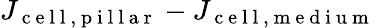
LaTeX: J_{\mathrm{~c~e~l~l~,~p~i~l~l~a~r~}}-J_{\mathrm{~c~e~l~l~,~m~e~d~i~u~m~}}